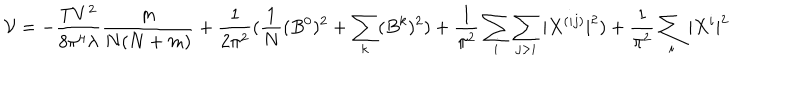
{ \cal { V } } = - \frac { T V ^ { 2 } } { 8 \pi ^ { 4 } \lambda } \frac { m } { N ( N + m ) } + \frac { 1 } { 2 \pi ^ { 2 } } ( \frac { 1 } { N } ( B ^ { 0 } ) ^ { 2 } + \sum _ { k } ( B ^ { k } ) ^ { 2 } ) + \frac { 1 } { \pi ^ { 2 } } \sum _ { i } \sum _ { j > i } | X ^ { ( i j ) } | ^ { 2 } ) + \frac { 1 } { \pi ^ { 2 } } \sum _ { i } | X ^ { i } | ^ { 2 }